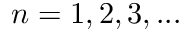
{ n = 1 , 2 , 3 , . . . }